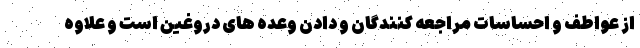
از عواطف و احساسات مراجعه کنندگان و دادن وعده های دروغین است و علاوه